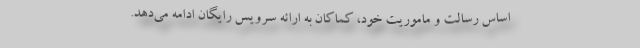
اساس رسالت و ماموریت خود، کماکان به ارائه سرویس رایگان ادامه می‌دهد.